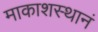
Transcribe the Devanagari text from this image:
माकाशस्थानं